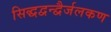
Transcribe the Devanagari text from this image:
सिद्धद्वन्द्वैर्जलकण